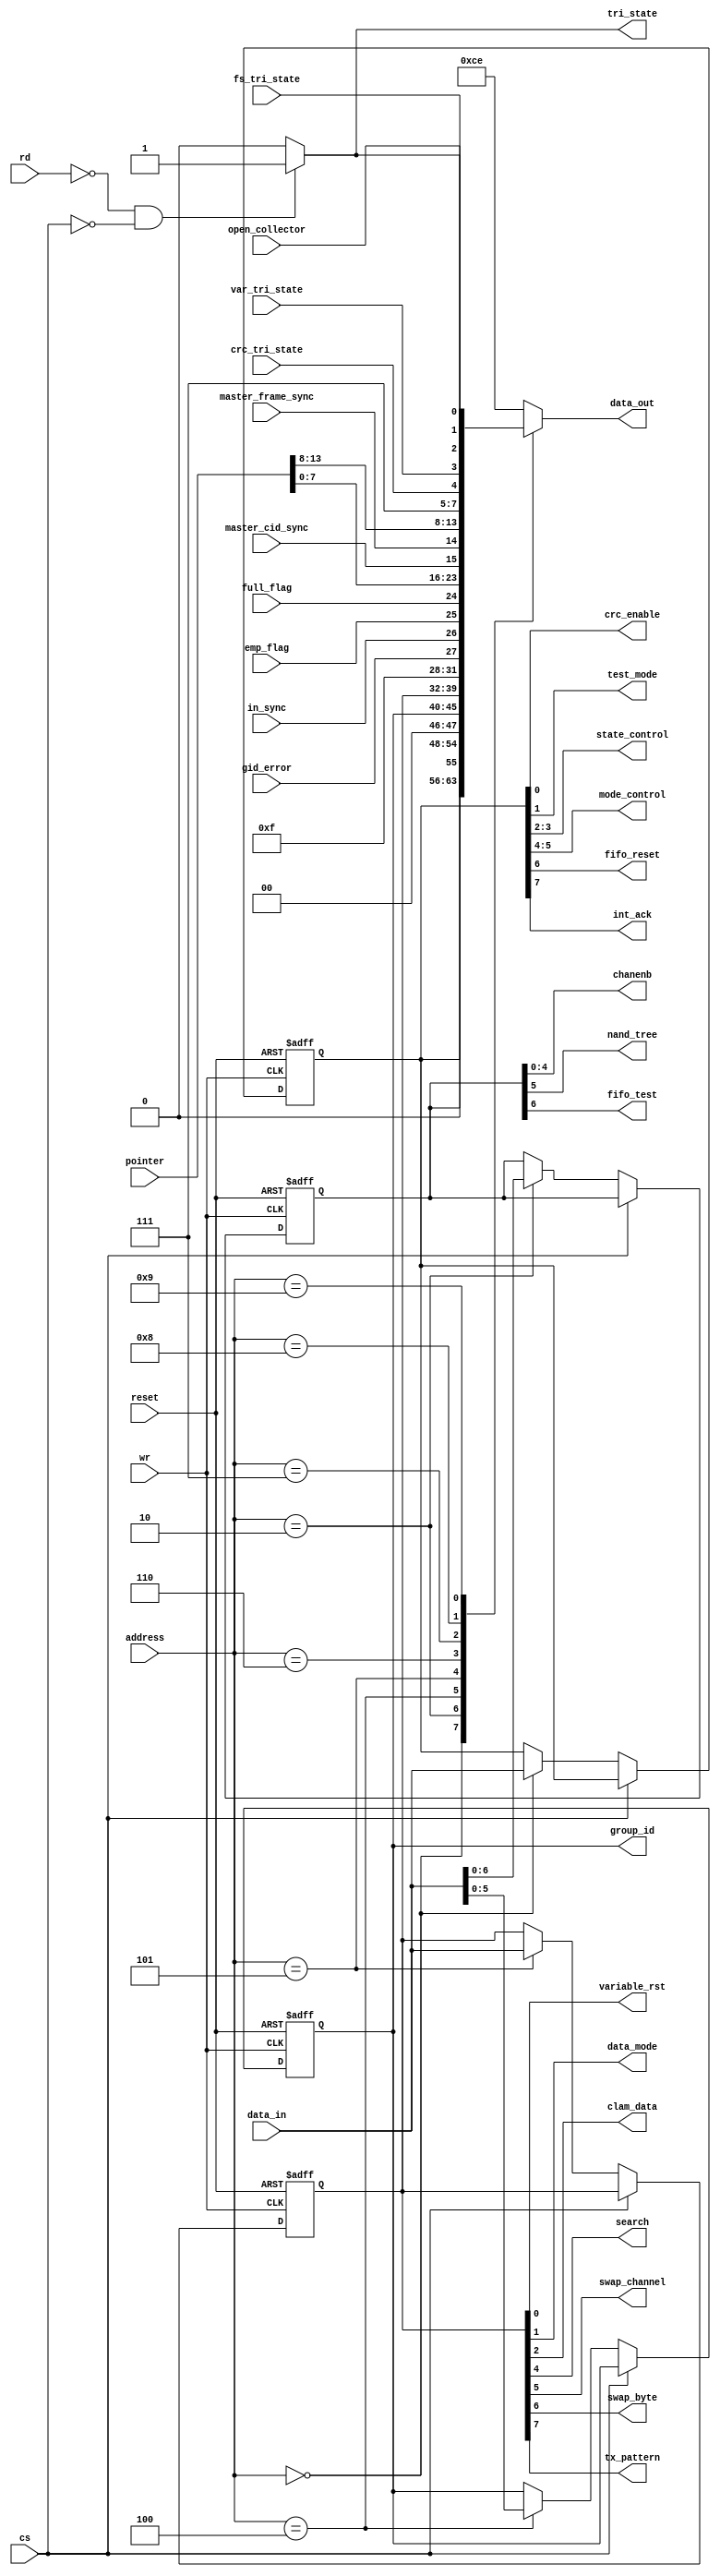

 
module micro (address, data_in, data_out, rd, wr, cs, reset, tri_state, crc_enable
              , test_mode, state_control, mode_control, fifo_reset, int_ack, chanenb
              , group_id, variable_rst, data_mode, clam_data, search, swap_channel
              , swap_byte, tx_pattern, gid_error, in_sync, emp_flag, full_flag, 
              pointer, master_cid_sync, master_frame_sync, nand_tree, crc_tri_state
              , var_tri_state, fs_tri_state, open_collector, fifo_test);
  
  input [3:0] address;
  input [7:0] data_in;
  output [7:0] data_out;
  input rd;
  input wr;
  input cs;
  input reset;
  output tri_state;
  output crc_enable;
  output test_mode;
  output [1:0] state_control;
  output [1:0] mode_control;
  output fifo_reset;
  output int_ack;
  output [4:0] chanenb;
  output [5:0] group_id;
  output variable_rst;
  output data_mode;
  output clam_data;
  output search;
  output swap_channel;
  output swap_byte;
  output tx_pattern;
  input gid_error;
  input in_sync;
  input emp_flag;
  input full_flag;
  input [13:0] pointer;
  input master_cid_sync;
  input master_frame_sync;
  output nand_tree;
  input crc_tri_state;
  input var_tri_state;
  input fs_tri_state;
  input open_collector;
  output fifo_test;
 
  reg [7:0] reg5;
  reg [5:0] reg4; 
  reg [6:0] reg2;
  reg [7:0] reg0;  
  reg [7:0] data_out;
  
  reg register_tri_state;
  
  always @( posedge wr or negedge reset )
  begin
    if (!reset)
    begin
      reg0 <= 8'b00000000;
      reg2 <= 7'b0000000;
      reg4 <= 6'b000000;
      reg5 <= 8'b00000000;
    end
    else 
      if (!cs)
        case (address)
          4'b0000 : 
            reg0 <= data_in[7:0];
          4'b0010 : 
            reg2 <= data_in[6:0];
          4'b0100 : 
            reg4 <= data_in[5:0];
          4'b0101 : 
            reg5 <= data_in[7:0];
          default  : ;
        endcase
      
      
    
  end
 
  always @(rd or cs or address or reg0 or reg2 or reg4 or reg5 or gid_error or in_sync or emp_flag or full_flag or pointer or master_cid_sync or 
  master_frame_sync or crc_tri_state or var_tri_state or fs_tri_state or register_tri_state or open_collector
  )
  begin
    if (!rd && !cs)
      register_tri_state <= 1'b1;
    else
      register_tri_state <= 1'b0;
    
    case (address[3:0])
      4'b0000 : 
        data_out <= reg0;
      4'b0010 : 
        data_out <= {1'b0 , reg2};
      4'b0100 : 
        data_out <= {2'b00 , reg4};
      4'b0101 : 
        data_out <= reg5;
      4'b0110 : 
        data_out <= {{{{4'b1111 , gid_error} , in_sync} , emp_flag} , full_flag
                       };
      4'b0111 : 
        data_out <= pointer[7:0];
      4'b1000 : 
        data_out <= {{master_cid_sync , master_frame_sync} , pointer[13:8]};
      4'b1001 : 
        data_out <= {{{{{3'b111 , crc_tri_state} , var_tri_state} , fs_tri_state
                       } , open_collector} , register_tri_state};
      default  : 
        data_out <= 8'b11001110;
    endcase
  
  end
 // coverage off
  assign crc_enable = reg0[0];
  assign test_mode = reg0[1];
  assign state_control = reg0[3:2];
  assign mode_control = reg0[5:4];
  assign fifo_reset = reg0[6];
  assign int_ack = reg0[7];
  assign chanenb = reg2[4:0];
  assign nand_tree = reg2[5];
  assign fifo_test = reg2[6];
  assign group_id = reg4;
  assign variable_rst = reg5[0];
  assign data_mode = reg5[1];
  assign clam_data = reg5[2];
  assign search = reg5[4];
  assign swap_channel = reg5[5];
  assign swap_byte = reg5[6];
  assign tx_pattern = reg5[7];
  assign tri_state = register_tri_state;
// coverage on  
endmodule